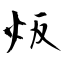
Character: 炍